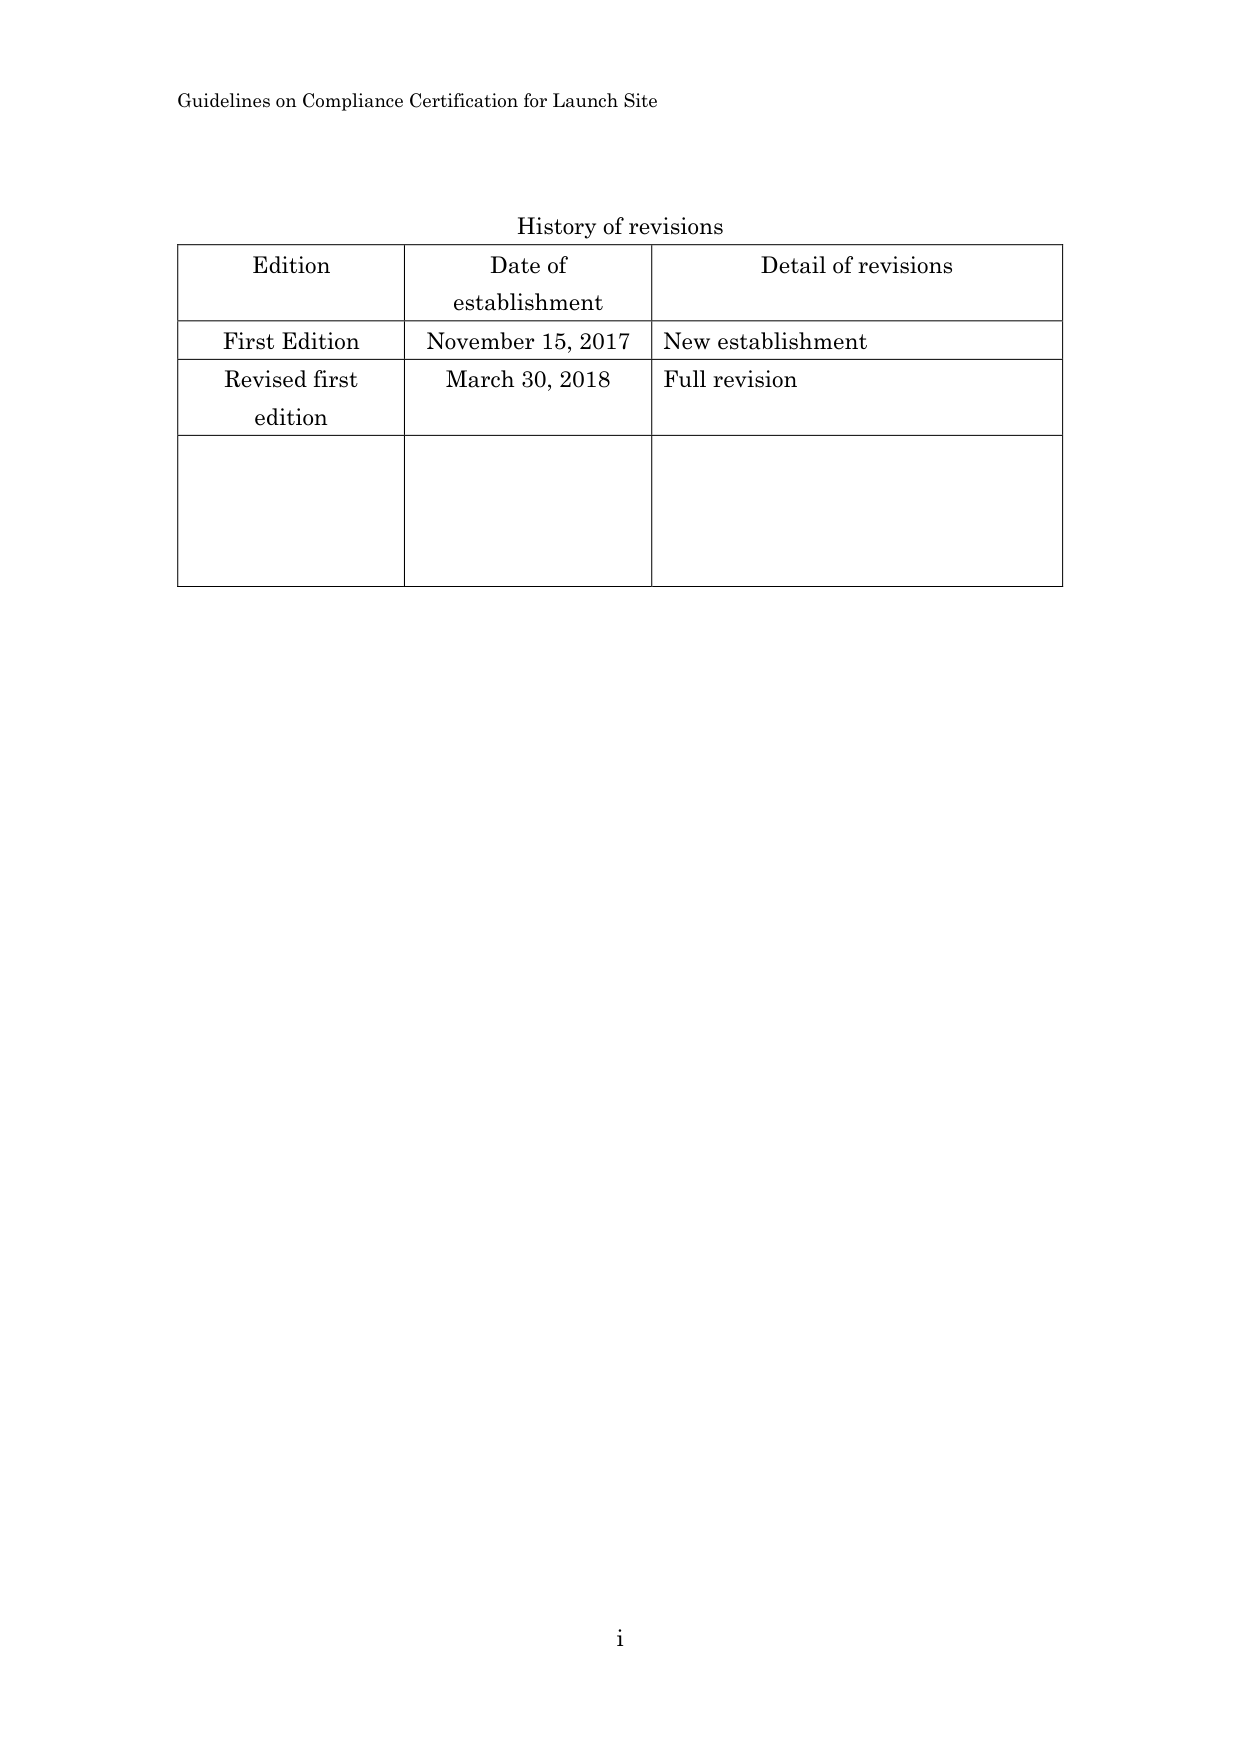
Guidelines on Compliance Certification for Launch Site

History of revisions

Edition	Date of establishment	Detail of revisions
First Edition	November 15, 2017	New establishment
Revised first edition	March 30, 2018	Full revision

i